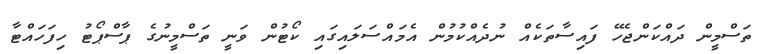
ތަސްމީން ދައްކަންޖެހޭ ފައިސާތަކެއް ނުދެއްކުމުން އެމައްސަލައިގައި ކޯޓުން ވަނީ ތަސްމީނުގެ ޕާސްޕޯޓު ހިފަހައްޓާ